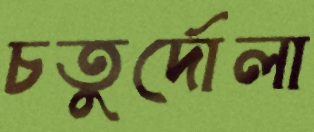
চতুর্দোলা